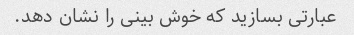
عبارتی بسازید که خوش بینی را نشان دهد.